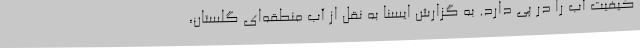
کیفیت آب را در پی دارد. به گزارش ایسنا به نقل از آب منطقه‌ای گلستان،